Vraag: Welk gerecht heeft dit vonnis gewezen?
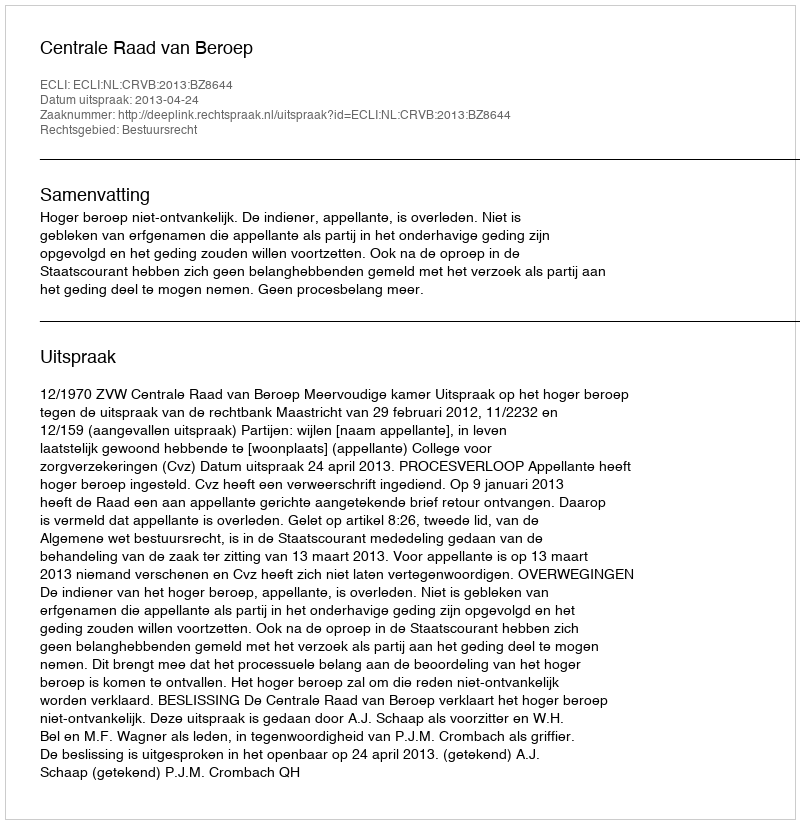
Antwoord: Centrale Raad van Beroep